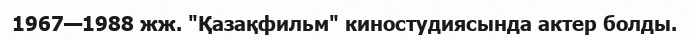
1967—1988 жж. "Қазақфильм" киностудиясында актер болды.